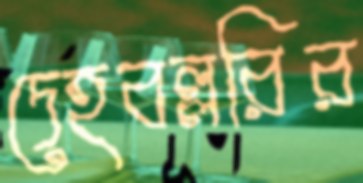
দেহবল্লরির